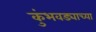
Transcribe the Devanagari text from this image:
कुंभवड्याच्या